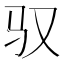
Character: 驭